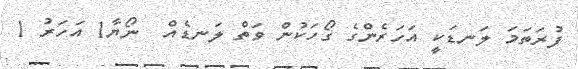
ފުރަތަމަ ލަނޑަކީ އަހަރެންގެ ގޯހަކުން ވަތް ލަނޑެއް  ނޯޔާ1 އަހަރު 1